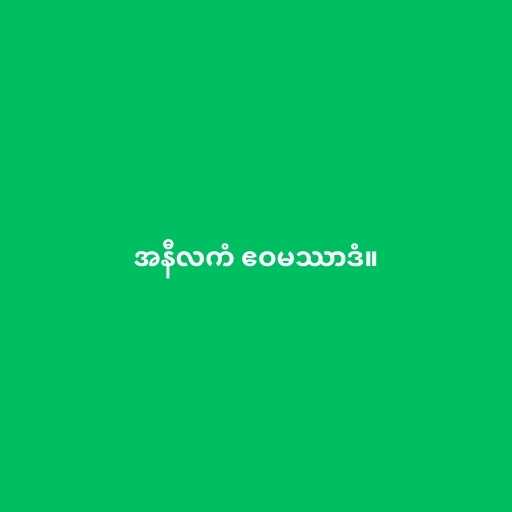
အနီလကံ ဧဝမဿာဒံ။